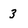
Character: 3